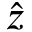
\hat { z }